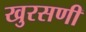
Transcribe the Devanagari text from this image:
खुरसणी